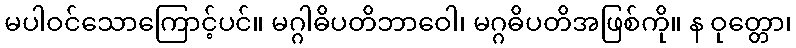
မပါဝင်သောကြောင့်ပင်။ မဂ္ဂါဓိပတိဘာဝေါ၊ မဂ္ဂဓိပတိအဖြစ်ကို။ န ဝုတ္တော၊